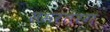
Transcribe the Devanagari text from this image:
समरतंरग